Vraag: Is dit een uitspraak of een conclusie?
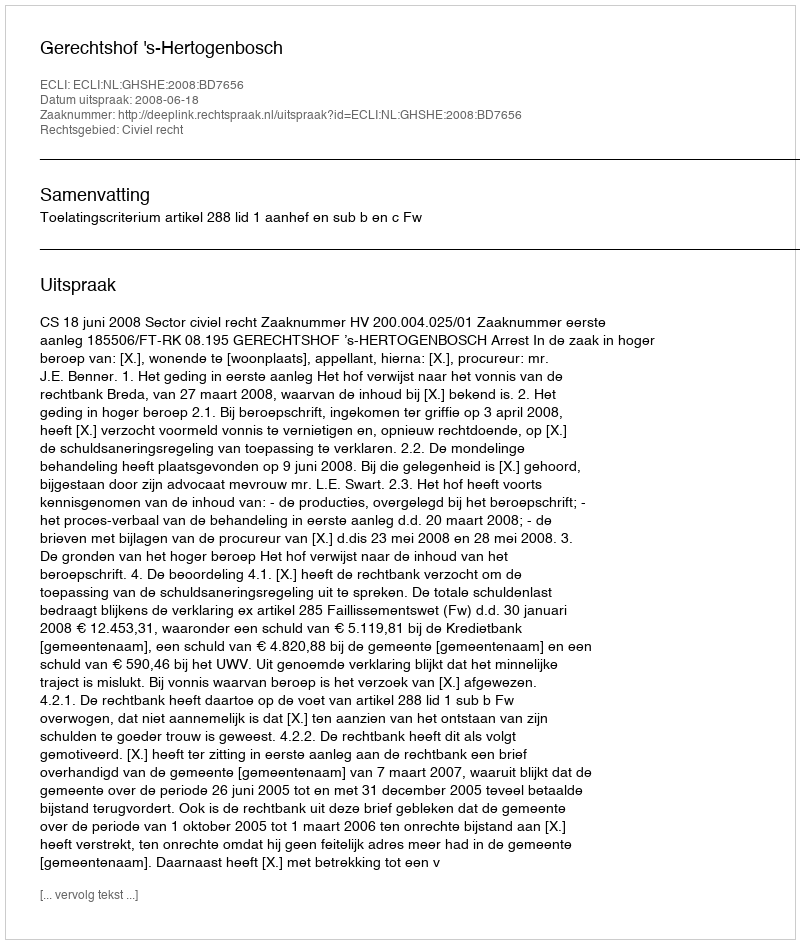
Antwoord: Uitspraak